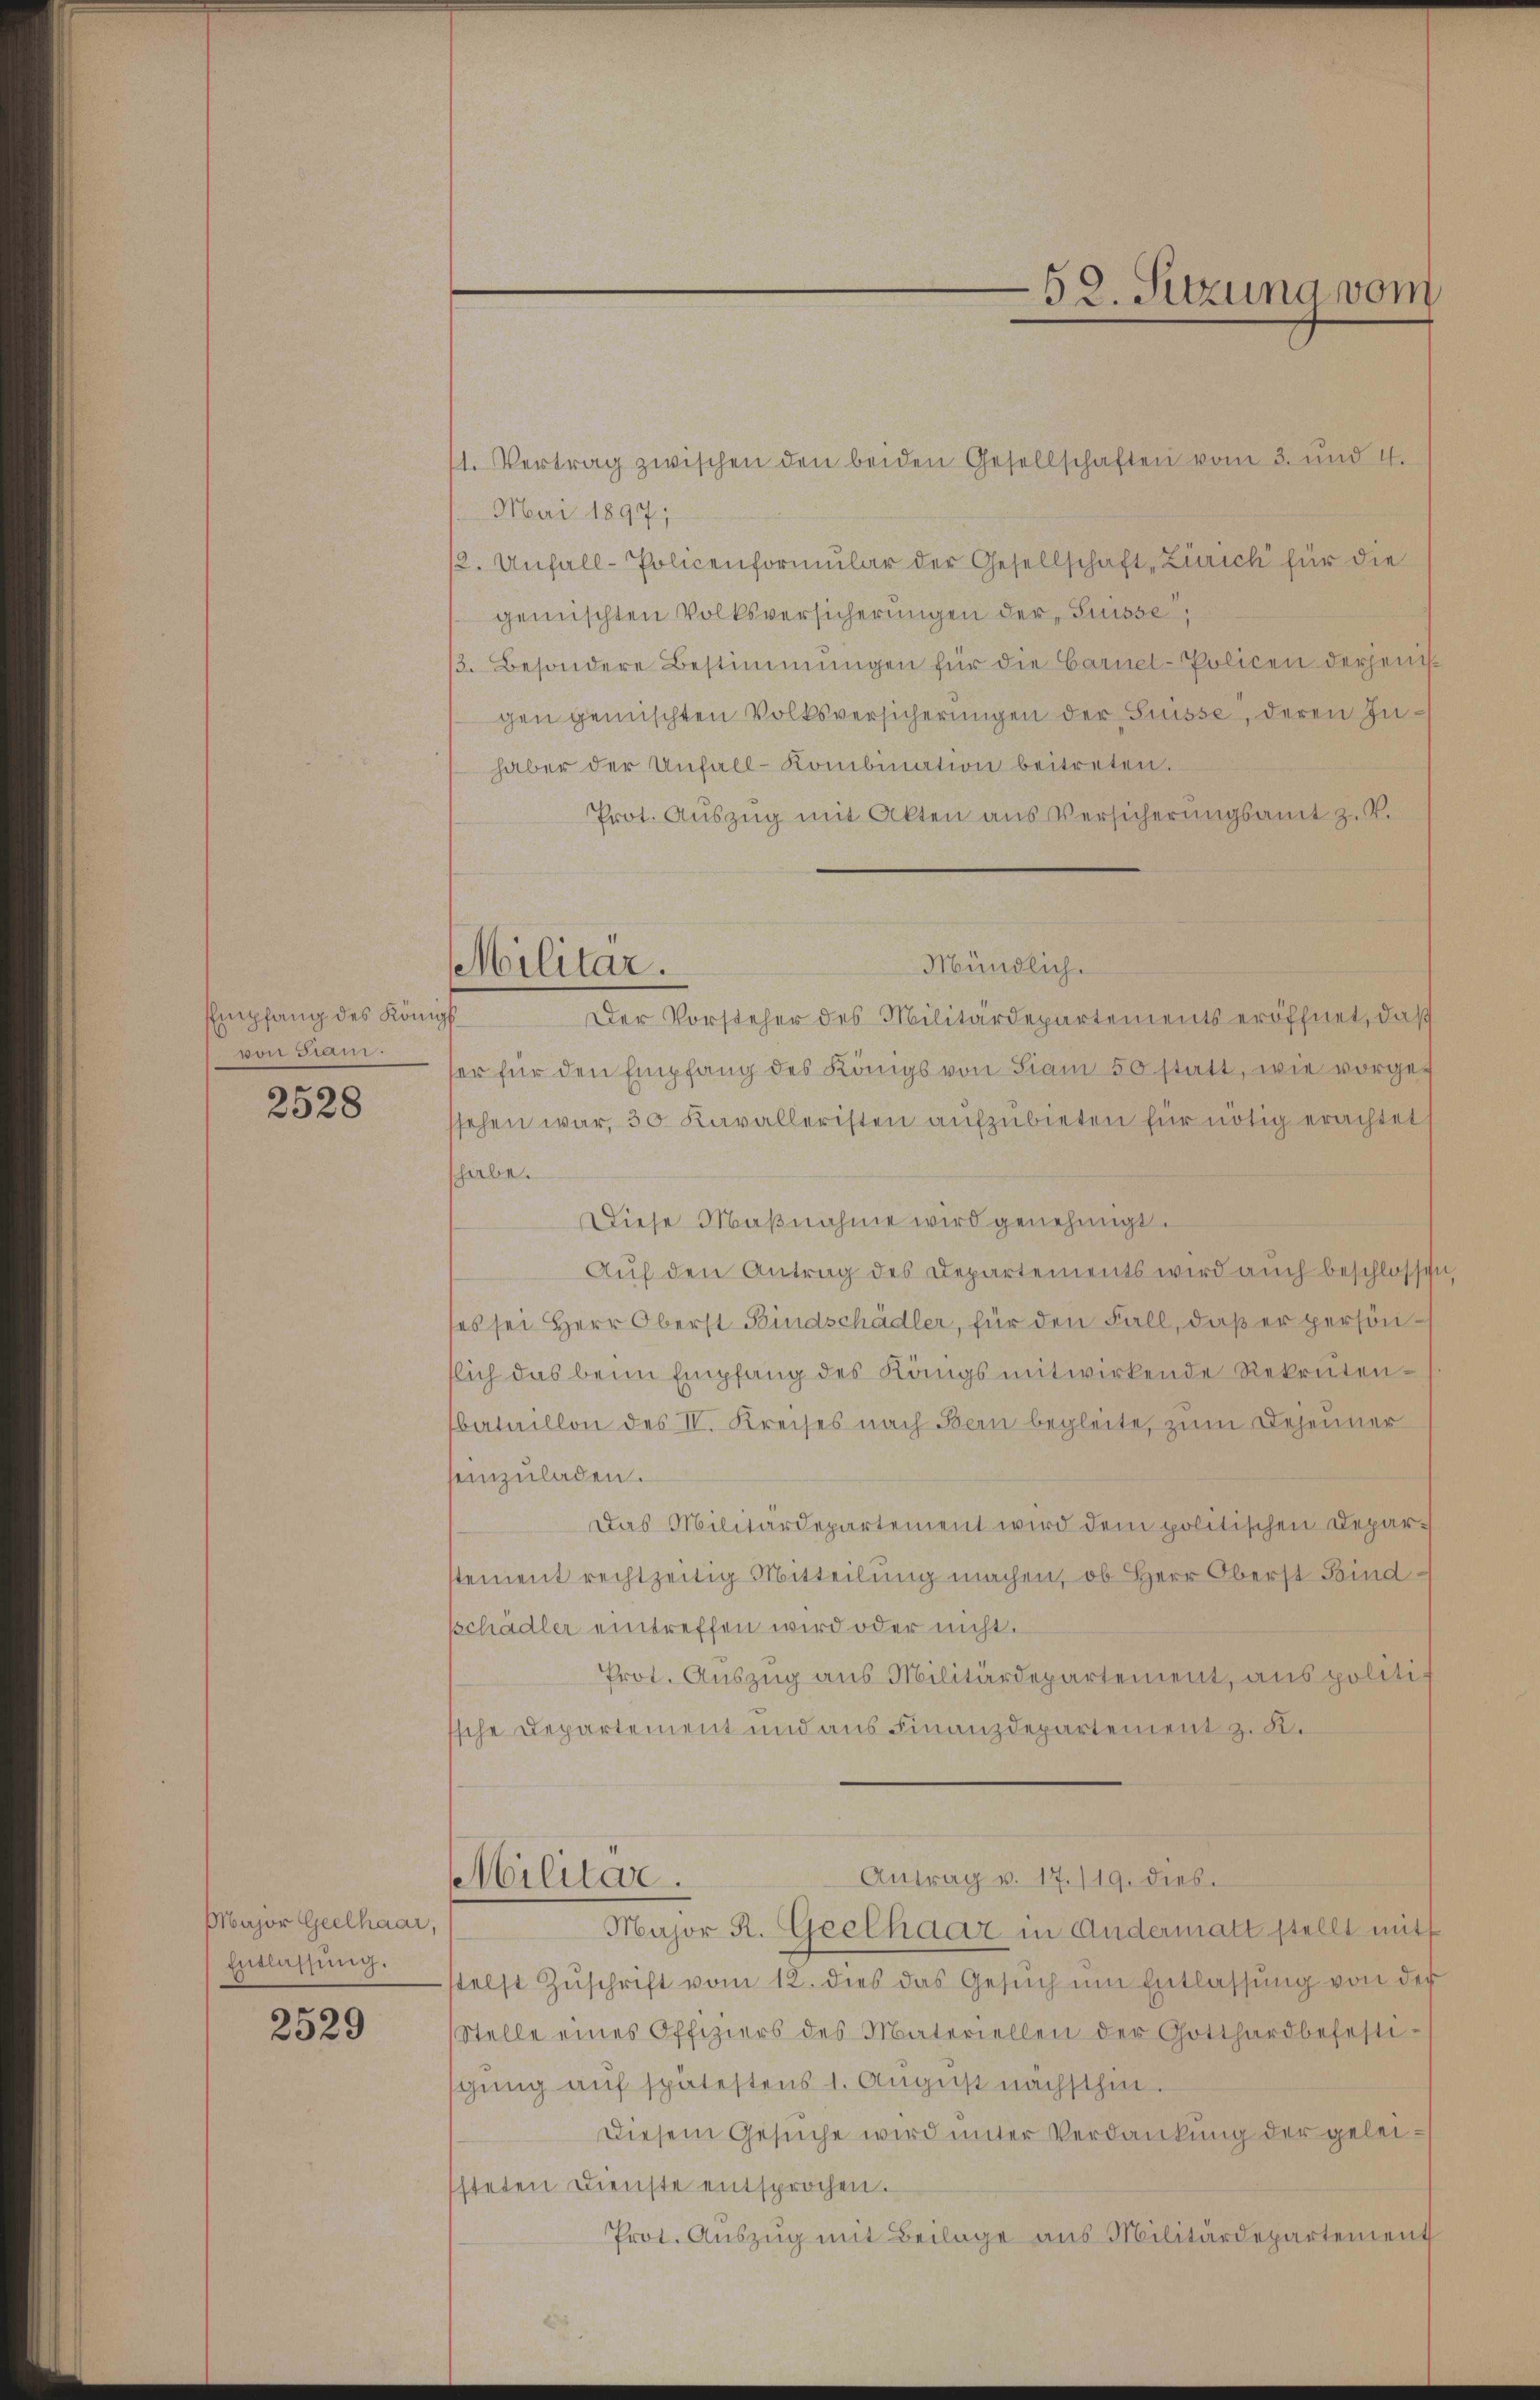
EEmpfang des Königl.
von Siam.

2528

Major Geelhaar,
Entlassung.

2529

Militar.

1. Vertrag zwischen den beiden Gesellschaften vom 3. und 4.
Mai 1897;
2. Unfall-Policenformŭlar der Gesellschaft Zürich für die
gemischten Volksversicherungen der Suisse,
3. Besondere Bestimmungen für die Carnel-Policen derjenig
gen gemischten Volksversicherungen der Suisse, deren Inhaber der Unfall-Kombination beitreten.
Prot. Auszug mit Akten aus Versicherungsamt z. V.
Der Vorsteher des Militärdepartementseröffnet, daß
er für den Empfang des Königs von Siam 50 statt, wie vorgef
ssehen war, 30 Kavalleristen aufzubieten für nötig erachtet
hiebe.
Diese Maβnahme wird genehmigt.
Auf den Antrag des Departements wird auch beschlossen
es sei Herr Oberst Bindschädler, für den Fall, daß er persönflich das beim Empfang des Kängs mitwirkende Rekrutenbataillon des IV. Kreises nach Bern begleite, zum Depenner
seinzŭladen.
Das Militärdepartement wird dem politischen Depar-
stement rechtzeitig Mitteilung machen, ob Herr Oberst Bindschädler eintreffen wird oder nicht.
Prot. Auszug aus Militärdepartement, aus politis
ssche Departement und aus Finanzdepartement zu K.
Antrag v. 17./19. dies.
Militar.
Major R. Geelhaar in Andermatt stellt mit
stelst Zŭschrift vom 12. dies das Gesŭch ŭm Entlassŭng von der
Stelle eines Offiziers des Materiellen der Gotthardbefesti-
sgung auf spätestens 1. August nächsthin.
Diesem Gesuche wird unter Verdankung der geleisteten Dienste entsprochen.
Prot. Auszug mit Beilage aus Militärdepartement

Mündlich.

-52. Sitzung vom